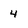
Character: 4